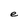
Character: e